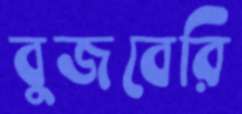
বুজবেরি